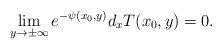
LaTeX: \begin{align*}\lim_{y\to \pm \infty} e^{-\psi(x_0,y)} d_xT(x_0,y) = 0.\end{align*}